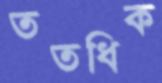
ততধিক